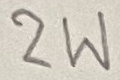
Text: 2W